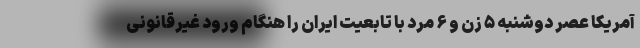
آمریکا عصر دوشنبه ۵ زن و ۶ مرد با تابعیت ایران را هنگام ورود غیرقانونی